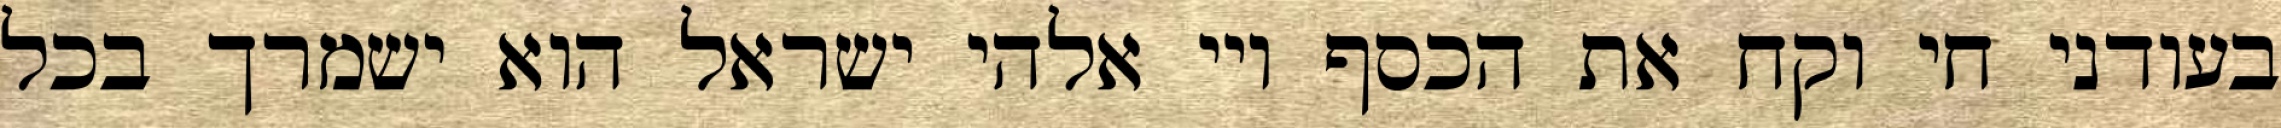
בעודני חי וקח את הכסף ויי אלהי ישראל הוא ישמרך בכל